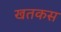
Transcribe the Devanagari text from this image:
खतकस